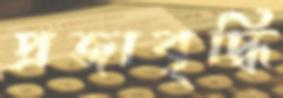
প্রজাবৃদ্ধি